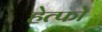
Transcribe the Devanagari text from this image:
हेत्फो